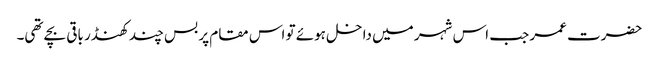
حضرت عمر جب اس شہر میں داخل ہوئے تو اس مقام پر بس چند کھنڈر باقی بچے تھی۔